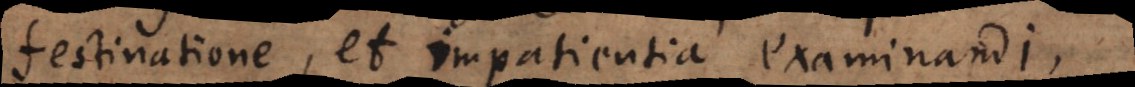
festinatione, et impatientia examinandi,